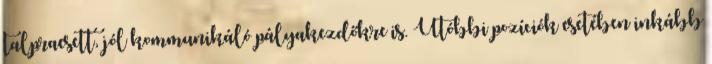
talpraesett, jól kommunikáló pályakezdőkre is. Utóbbi pozíciók esetében inkább